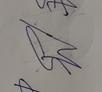
Signature authenticity: forged